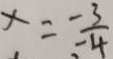
x = \frac { - 3 } { - 4 }